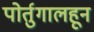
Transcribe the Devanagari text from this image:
पोर्तुगालहून